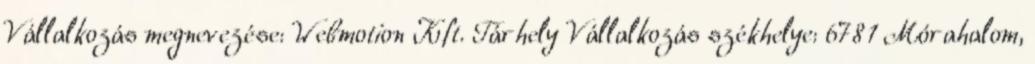
Vállalkozás megnevezése: Webmotion Kft. Tárhely Vállalkozás székhelye: 6781 Mórahalom,